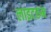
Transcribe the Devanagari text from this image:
लाइटरुम